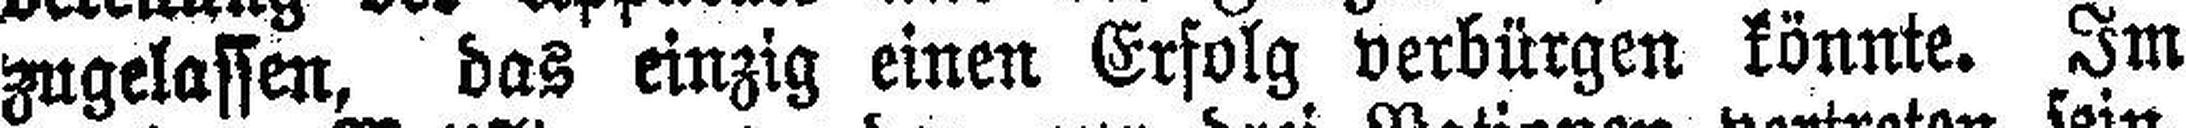
zugelassen, das einzig einen Erfolg verbürgen könnte. Im